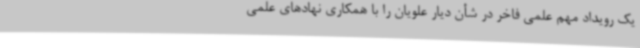
یک رویداد مهم علمی فاخر در شأن دیار علویان را با همکاری نهادهای علمی